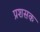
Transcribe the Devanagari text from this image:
प्रशसक